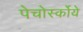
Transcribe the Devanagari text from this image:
पेचोर्स्कोये